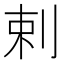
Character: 剌